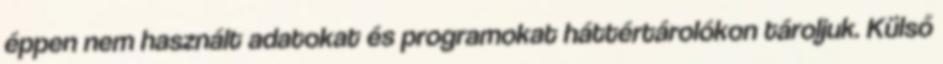
éppen nem használt adatokat és programokat háttértárolókon tároljuk. Külső